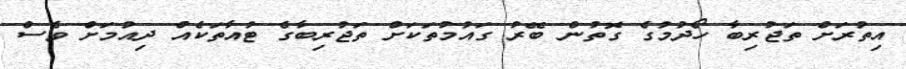
އިތުރަށް ތަޖުރިބާ ހޯދުމުގެ ގޮތުން ބޭރު ގައުމުތަކަށް ތަޖުރިބާގެ ޓުއާތަކެއް ދިއުމަށް ވެސް